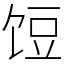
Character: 饾